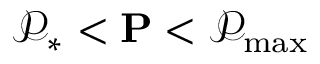
\mathcal { P } _ { * } < \mathbf { P } < \mathcal { P } _ { \operatorname* { m a x } }